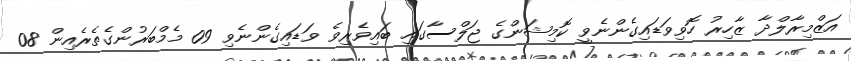
އަޒްމިރާލްދާ ޒާހިރު ހޮވިވަޑައިގެންނެވީ ކޮމިޝަންގެ ޖަލްސާގައި ބައިވެރިވެ ވަޑައިގެންނެވި 09 މެމްބަރުންގެތެރެއިން 08